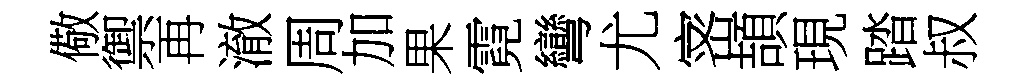
儆禦再澈周加果霓彎尤宻頡現踏叔